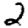
Digit: 2